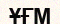
ҰҒМ